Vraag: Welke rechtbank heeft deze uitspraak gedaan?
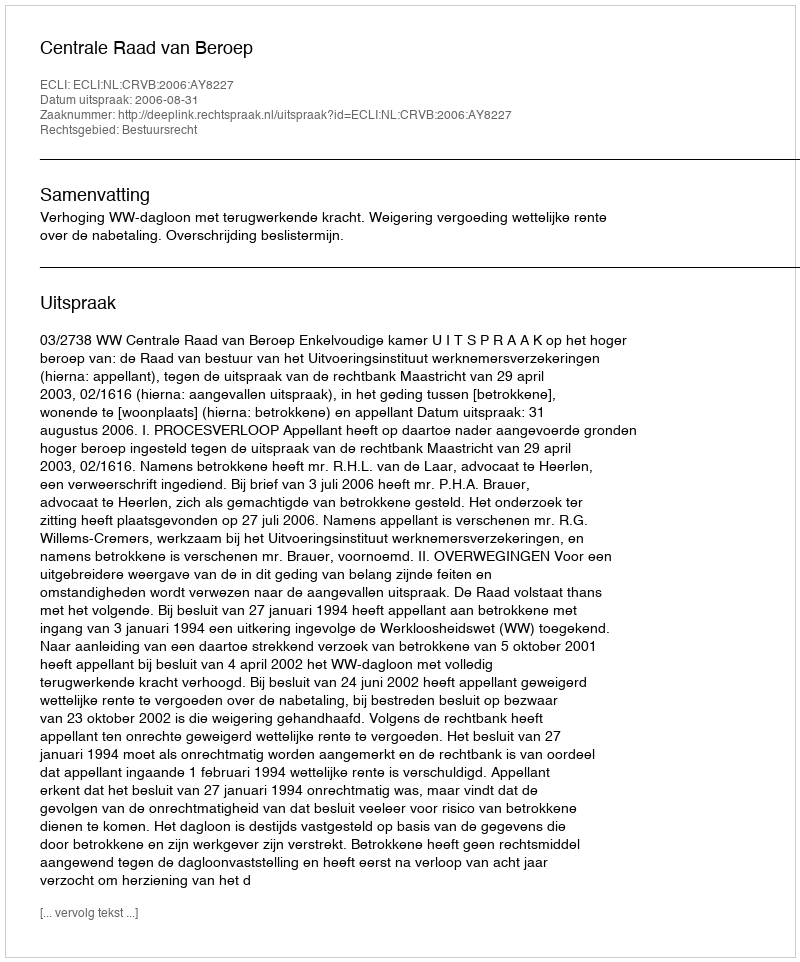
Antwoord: Centrale Raad van Beroep